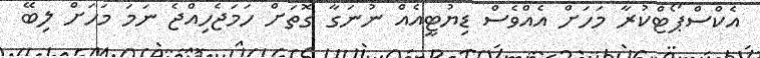
އެކްސްޕޯޓްކުރާ މަހަށް އެއްވެސް ޑިޔުޓީއެއް ނުނަގާ ގޮތަށް ހަމަޖެހިއްޖެ ނަމަ މަހަށް ލިބޭ